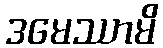
ဒမေဿာမိ